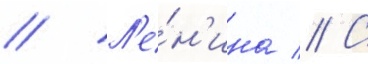
// Л'е́н'ина // С